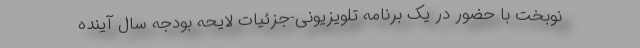
نوبخت با حضور در یک برنامه تلویزیونی-جزئیات لایحه بودجه سال آینده